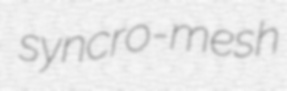
syncro-mesh